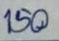
150